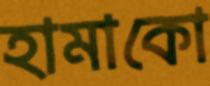
হামাকো